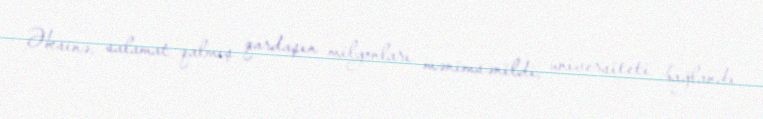
Əksinə, salamat qalmış qardaşın milyonları mənimsənildi, universiteti bağlandı